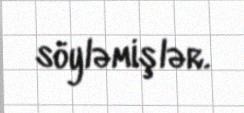
söyləmişlər.